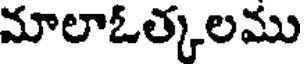
మాలాఓత్కలము